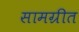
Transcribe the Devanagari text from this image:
सामग्रीत